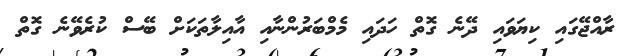
ރާއްޖޭގައި ކިޔަވައި ދޭނެ ގޮތް ހަދައި މެމްބަރުންނާއި އާއިލާތަކަށް ބޭސް ކުރެވޭނެ ގޮތް